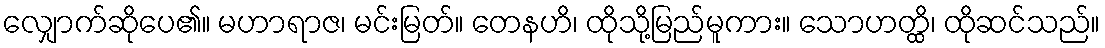
လျှောက်ဆိုပေ၏။ မဟာရာဇ၊ မင်းမြတ်။ တေနဟိ၊ ထိုသို့မြည်မူကား။ သောဟတ္ထိ၊ ထိုဆင်သည်။